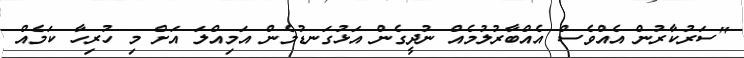
"ސަރުކާރުން އެއްވެސް އެއްބާރުލުމެއް ނުދީގެން އަޅުގަނޑުމެން އަމިއްލަ އަށް މި ހުރިހާ ކަމެއް